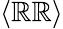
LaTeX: \langle\mathbb{R}\mathbb{R}\rangle